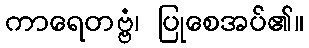
ကာရေတဗ္ဗံ၊ ပြုစေအပ်၏။